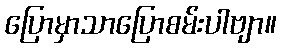
ပြောမှာသာပြောစမ်းပါဗျာ။